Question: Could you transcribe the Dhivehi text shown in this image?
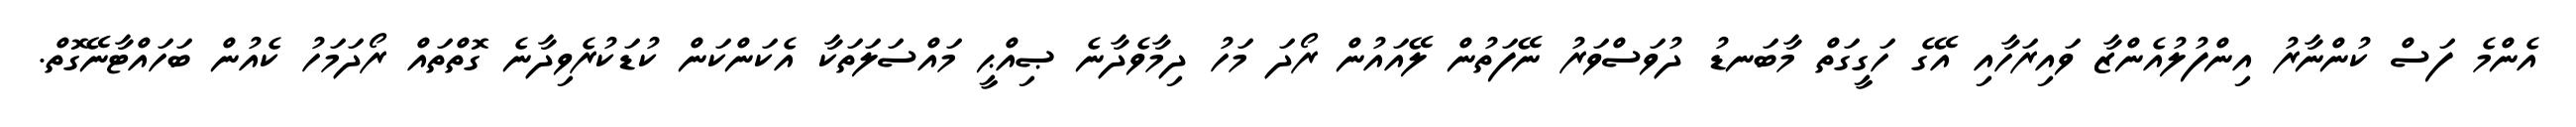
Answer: އެންމެ ފަސް ކުންނާރު އިންފުލުއެންޒާ ވައިރަހާއި އޭގެ ހަގީގަތް މާބަނޑު ދުވަސްވަރު ނޭފަތުން ލޭއައުން ރޯދަ މަހު ދިމާވެދާނެ ޞިއްޙީ މައްސަލަތަކާ އެކަންކަން ކުޑަކުރެވިދާނެ ގޮތްތައް ރޯދަމަހު ކެއުން ބަހައްޓާނޭގޮތް.